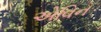
એવિન